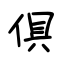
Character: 俱